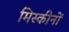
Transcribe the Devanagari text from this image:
मिस्कीनों